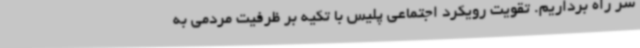
سر راه برداریم. تقویت رویکرد اجتماعی پلیس با تکیه بر ظرفیت مردمی به